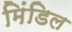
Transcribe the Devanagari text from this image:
मिंडिल